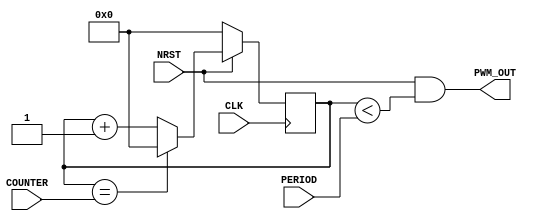
module pwm (
   input        CLK,
   input        NRST,
   input [31:0] COUNTER,
   input [31:0] PERIOD,
   output       PWM_OUT
);

reg [31:0] counter;

always @(posedge CLK)
   if (~NRST) begin
      counter <= 0;
   end else begin
      if (counter == COUNTER) begin
         counter <= 0;
      end else begin
         counter <= counter + 1'b1;
      end
   end

assign PWM_OUT = NRST & (counter < PERIOD);

endmodule